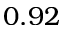
0 . 9 2